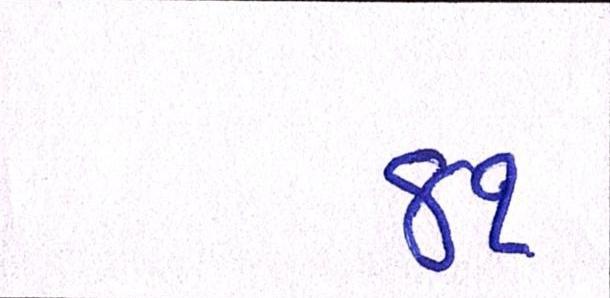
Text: ૪૧